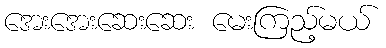
အေးအေးဆေးဆေး မေးကြည့်မယ်